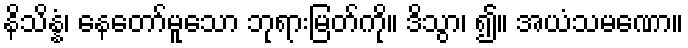
နိသိန္နံ၊ နေတော်မူသော ဘုရားမြတ်ကို။ ဒိသွာ၊ ၍။ အယံသမဏော။